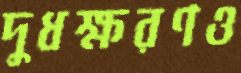
দুধক্ষরণও